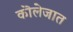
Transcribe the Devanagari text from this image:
कॊलेजात